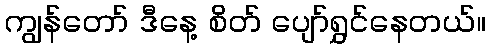
ကျွန်တော် ဒီနေ့ စိတ် ပျော်ရွှင်နေတယ်။